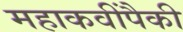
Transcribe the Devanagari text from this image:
महाकवींपैकी